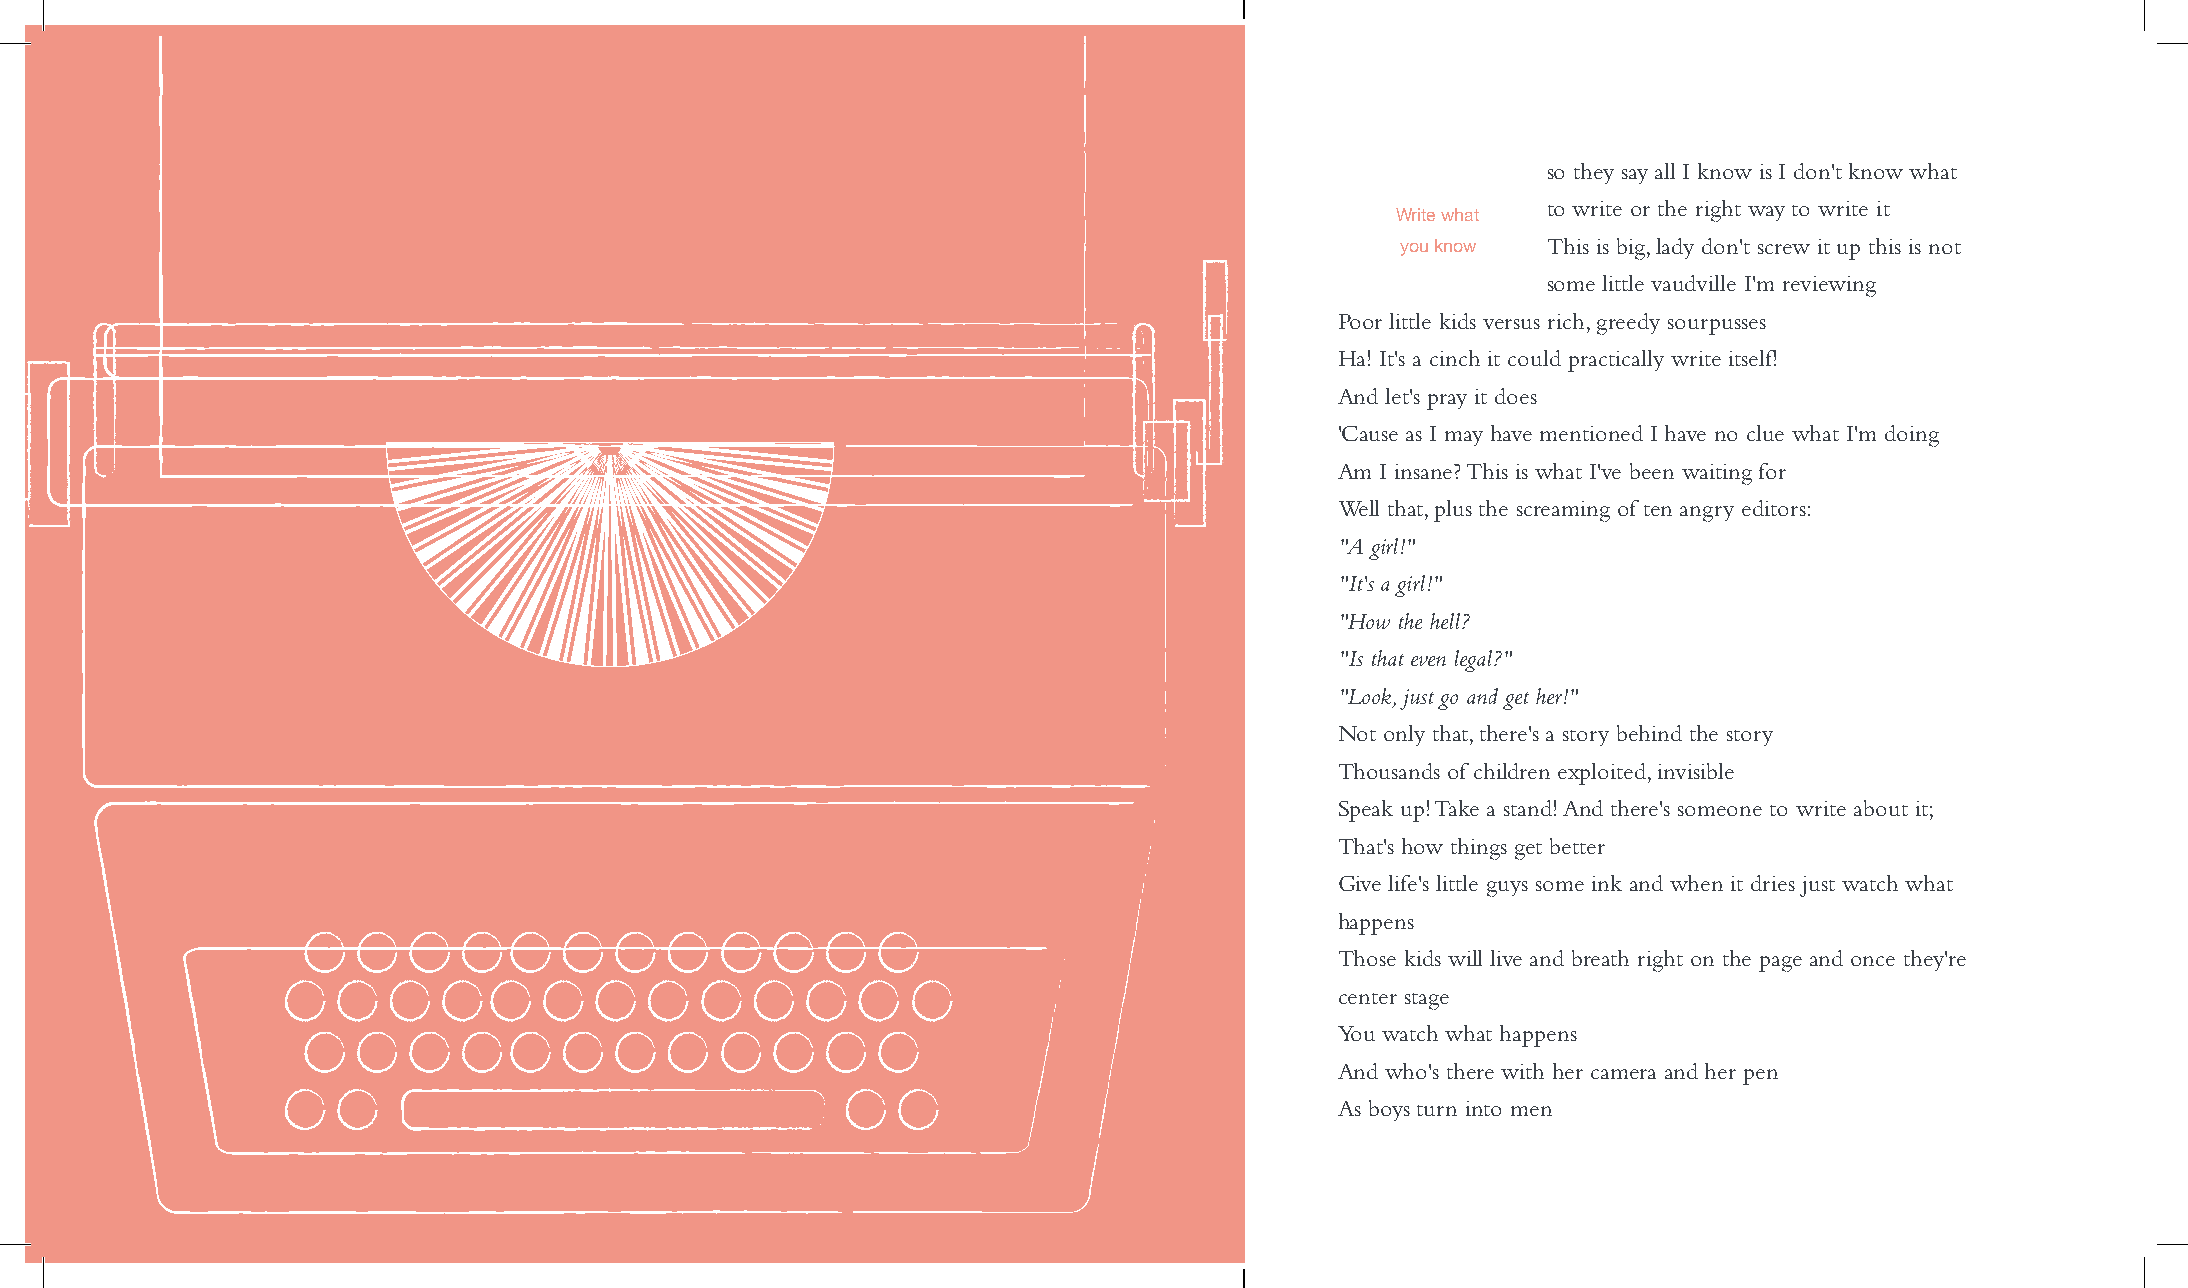
so they say all I know is I don't know what
 to write or the right way to write it
 Write what
 This is big, lady don't screw it up this is not
 you know
 some little vaudville I'm reviewing
 Poor little kids versus rich, greedy sourpusses
 Ha! It's a cinch it could practically write itself!
 And let's pray it does
 'Cause as I may have mentioned I have no clue what I'm doing
 Am I insane? This is what I've been waiting for
 Well that, plus the screaming of ten angry editors:
 "A girl!"
 "It's a girl!"
 "How the hell?
 "Is that even legal?"
 "Look, just go and get her!"
 Not only that, there's a story behind the story
 Thousands of children exploited, invisible
 Speak up! Take a stand! And there's someone to write about it;
 That's how things get better
 Give life's little guys some ink and when it dries just watch what
 happens
 Those kids will live and breath right on the page and once they're
 center stage
 You watch what happens
 And who's there with her camera and her pen
 As boys turn into men